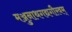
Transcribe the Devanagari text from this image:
मञ्जुनाथगद्यगौरवम्